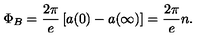
\Phi _ { B } = \frac { 2 \pi } e \left[ a ( 0 ) - a ( \infty ) \right] = \frac { 2 \pi } e n .